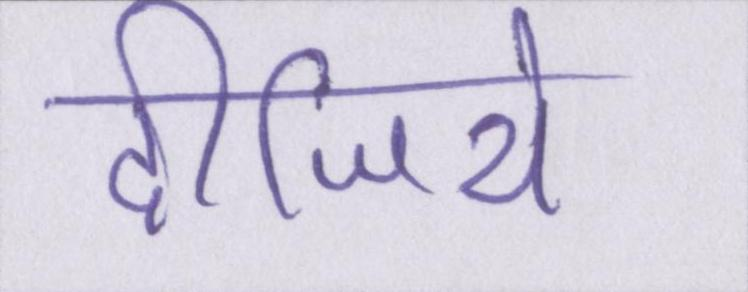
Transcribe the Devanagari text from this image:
दीजिये